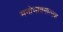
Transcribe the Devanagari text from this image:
मनोभावनात्मक